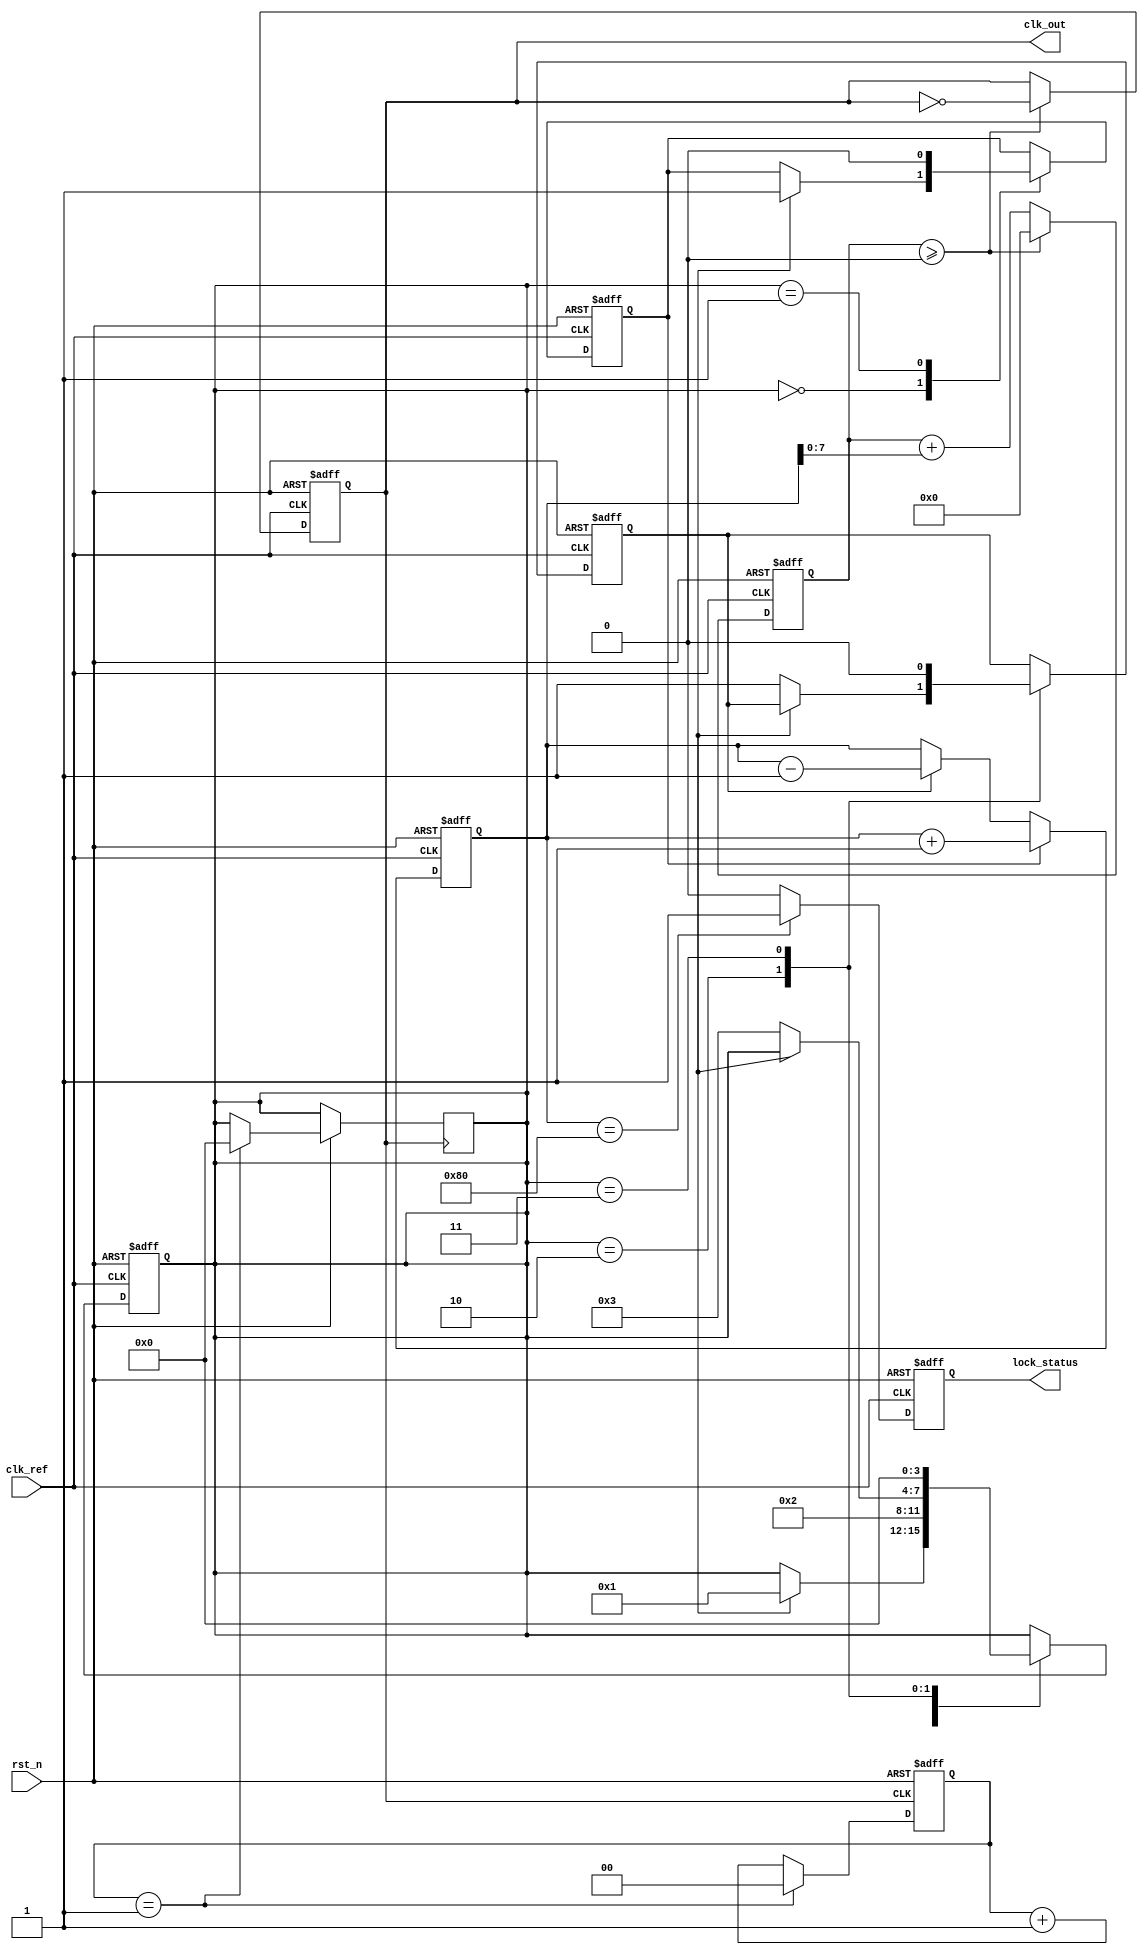
module parameterized_PLL #(
    parameter INPUT_FREQUENCY = 50_000_000,  // Reference clock frequency in Hz
    parameter OUTPUT_FREQUENCY = 100_000_000, // Desired output frequency in Hz
    parameter FEEDBACK_DIVIDER = 2,           // Divider value for feedback path
    parameter PHASE_OFFSET = 0,                // Adjustable phase offset in degrees
    parameter LOCK_TIME = 100                  // Lock time in arbitrary units
)(
    input wire clk_ref,                       // Reference clock input
    input wire rst_n,                         // Active low reset
    output reg clk_out,                       // Output clock signal
    output reg lock_status                    // Lock status signal
);
    
    // Phase Frequency Detector (PFD) signals
    reg up, down;
    reg [3:0] pfd_state;                       // PFD state machine
    reg [15:0] control_voltage;                // Control voltage for VCO

    // Voltage-Controlled Oscillator (VCO) frequency generation
    reg [31:0] vco_counter;
    wire vco_clk;
    
    // Feedback divider signal
    wire feedback_clk;

    // PFD State Machine
    always @(posedge clk_ref or negedge rst_n) begin
        if (!rst_n) begin
            up <= 0;
            down <= 0;
            pfd_state <= 0;
        end else begin
            // Simple PFD logic
            case (pfd_state)
                0: begin // Waiting for the rising edge of clk_ref
                    if (vco_clk) begin
                        up <= 1;
                        pfd_state <= 1;
                    end
                end
                1: begin // Detecting vco_clk rising edge
                    up <= 0; // Reset up signal
                    pfd_state <= 2;
                end
                2: begin // Waiting for the next clk_ref edge
                    if (!vco_clk) begin
                        down <= 1;
                        pfd_state <= 3;
                    end
                end
                3: begin // Detecting clk_ref falling edge
                    down <= 0; // Reset down signal
                    pfd_state <= 0;
                end
            endcase
        end
    end

    // Charge Pump Logic
    always @(posedge clk_ref or negedge rst_n) begin
        if (!rst_n) begin
            control_voltage <= 16'd0;
        end else begin
            if (up) begin
                control_voltage <= control_voltage + 1;
            end else if (down) begin
                control_voltage <= control_voltage - 1;
            end
        end
    end

    // Voltage-Controlled Oscillator (VCO) implementation
    always @(posedge clk_ref or negedge rst_n) begin
        if (!rst_n) begin
            vco_counter <= 0;
            clk_out <= 0;
        end else begin
            vco_counter <= vco_counter + control_voltage[7:0]; // Adjust frequency
            if (vco_counter >= (INPUT_FREQUENCY / OUTPUT_FREQUENCY)) begin
                vco_counter <= 0;
                clk_out <= ~clk_out; // Toggle output
            end
        end
    end

    // Frequency Divider for feedback
    assign feedback_clk = clk_out; // Simple feedback for illustration
    reg [1:0] div_counter;
    
    always @(posedge feedback_clk or negedge rst_n) begin
        if (!rst_n) begin
            div_counter <= 0;
        end else begin
            if (div_counter == FEEDBACK_DIVIDER - 1) begin
                div_counter <= 0;
                pfd_state <= 0; // Reset for next cycle
            end else begin
                div_counter <= div_counter + 1;
            end
        end
    end
    
    // Lock detection logic
    always @(posedge clk_ref or negedge rst_n) begin
        if (!rst_n) begin
            lock_status <= 0;
        end else begin
            // A simple lock detection logic based on control voltage
            if (control_voltage == 16'd128) begin // Example threshold for locking
                lock_status <= 1;
            end else begin
                lock_status <= 0;
            end
        end
    end

endmodule